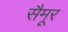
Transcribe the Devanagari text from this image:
सैमूर